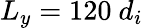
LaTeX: L_{y}=120\ d_{i}